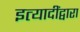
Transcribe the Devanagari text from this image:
इत्यादींद्वारा